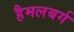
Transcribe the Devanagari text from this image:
हैमलबर्ग